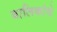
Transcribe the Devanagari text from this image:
बालिकांचे